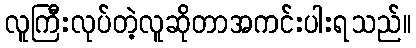
လူကြီးလုပ်တဲ့လူဆိုတာအကင်းပါးရသည်။